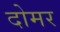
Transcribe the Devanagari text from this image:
दोमर